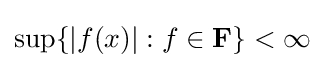
\sup\{|f(x)|:f\in \mathbf {F} \}<\infty